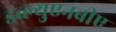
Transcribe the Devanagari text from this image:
डब्ल्युएनबीए